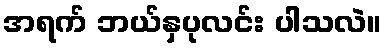
အရက် ဘယ်နှပုလင်း ပါသလဲ။